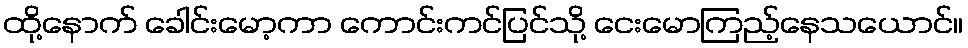
ထို့နောက် ခေါင်းမော့ကာ ကောင်းကင်ပြင်သို့ ငေးမောကြည့်နေသယောင်။